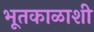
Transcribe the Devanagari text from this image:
भूतकाळाशी